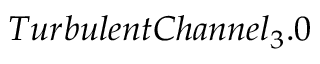
T u r b u l e n t C h a n n e l _ { 3 } . 0